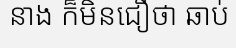
នាង ក៏មិនជឿថា ឆាប់